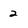
Character: 2